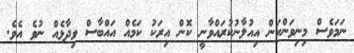
ނަމަވެސް މިނިވަންކަން އިއުލާނުކުރައްވާނީ ކޮން އިރަކު ކަމެއް އައްބާސް ވިދާޅެއް ނުވެ އެވެ.